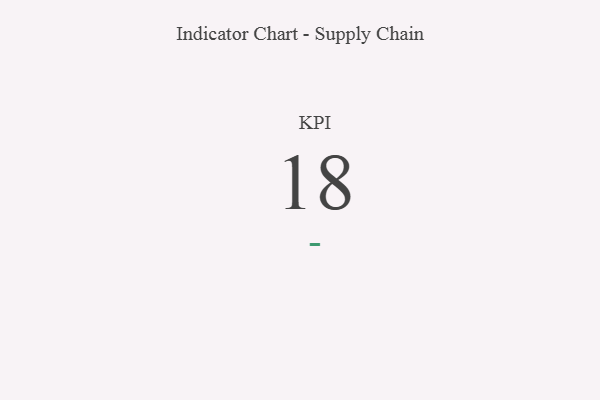
{"axis": {"x": "KPI", "y": "Value"}, "legend": [""], "data": [{"x": "KPI", "y": 18, "type": ""}]}